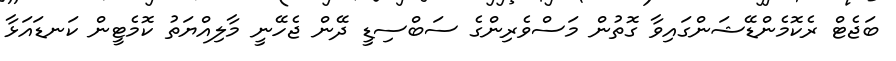
ބަޖެޓް ރެކޮމެންޑޭޝަންގައިވާ ގޮތުން މަސްވެރިންގެ ސަބްސިޑީ ދޭން ޖެހޭނީ މާލިއްޔަތު ކޮމެޓީން ކަނޑައަޅާ